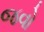
જવો